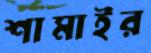
শামাইর